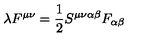
\lambda F ^ { \mu \nu } = \frac { 1 } { 2 } S ^ { \mu \nu \alpha \beta } F _ { \alpha \beta }